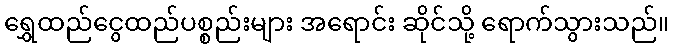
ရွှေထည်ငွေထည်ပစ္စည်းများ အရောင်း ဆိုင်သို့ ရောက်သွားသည်။